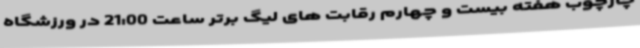
چارچوب هفته بیست و چهارم رقابت های لیگ برتر ساعت 21:00 در ورزشگاه